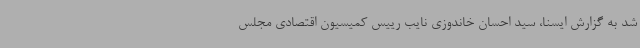
شد به گزارش ایسنا، سید احسان خاندوزی نایب رییس کمیسیون اقتصادی مجلس